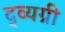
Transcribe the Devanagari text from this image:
द्व्यग्री